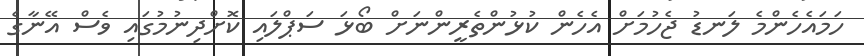
ހަމައެހެންމެ ލަނޑު ޖެހުމަށް އެހެން ކުޅުންތެރީންނަށް ބޯޅަ ސަޕްލައި ކޮށްދިނުމުގައި ވެސް އޭނާގެ